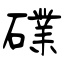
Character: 礏